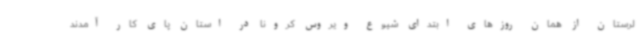
لرستان از همان روزهای ابتدای شیوع ویروس کرونا در استان پای کار آمدند